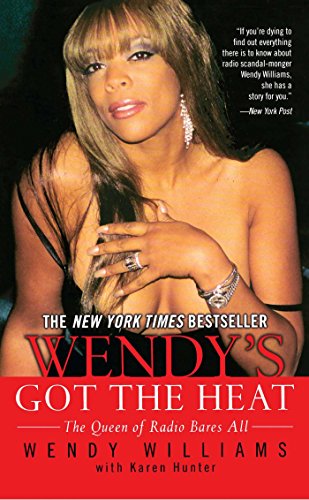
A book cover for Wendy's Got the Heat; Wendy Williams; Humor & Entertainment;